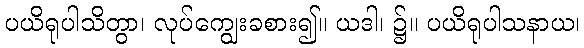
ပယိရုပါသိတွာ၊ လုပ်ကျွေးခစား၍။ ယဒါ၊ ၌။ ပယိရုပါသနာယ၊